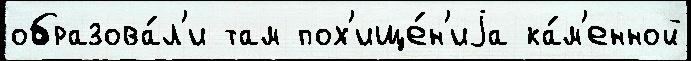
образова́л'и там пох'ище́н'иjа ка́м'енной